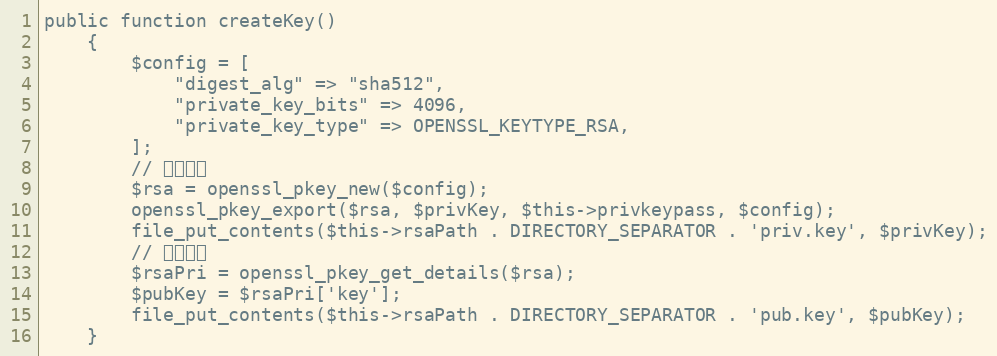
Language: PHP
public function createKey()
    {
        $config = [
            "digest_alg" => "sha512",
            "private_key_bits" => 4096,
            "private_key_type" => OPENSSL_KEYTYPE_RSA,
        ];
        // 生成私钥
        $rsa = openssl_pkey_new($config);
        openssl_pkey_export($rsa, $privKey, $this->privkeypass, $config);
        file_put_contents($this->rsaPath . DIRECTORY_SEPARATOR . 'priv.key', $privKey);
        // 生成公钥
        $rsaPri = openssl_pkey_get_details($rsa);
        $pubKey = $rsaPri['key'];
        file_put_contents($this->rsaPath . DIRECTORY_SEPARATOR . 'pub.key', $pubKey);
    }